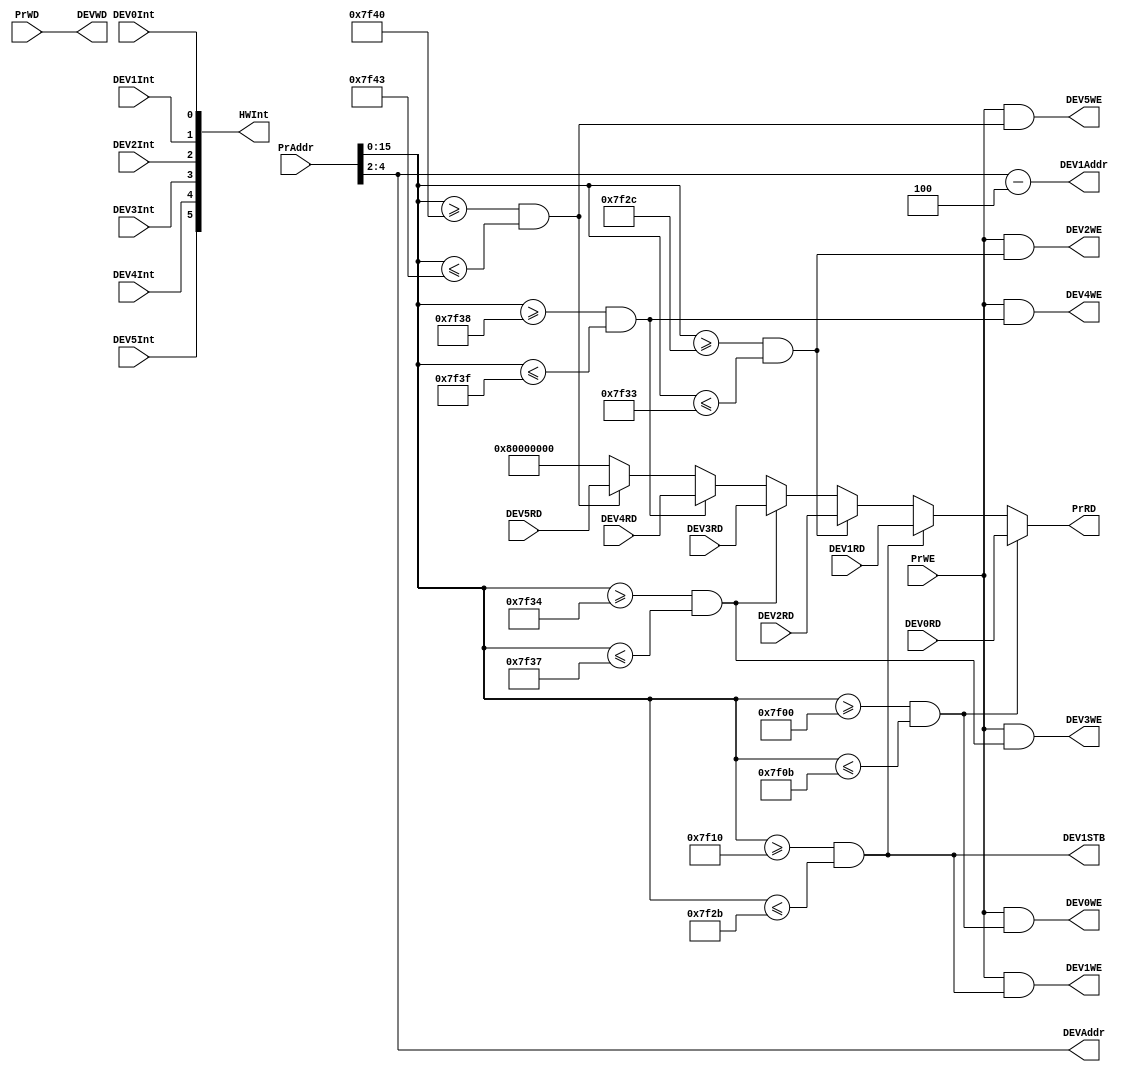
`timescale 1ns / 1ps
`define DEBUG_DEV_DATA 32'h80000000
//////////////////////////////////////////////////////////////////////////////////
// Company: 
// Engineer: 
// 
// Design Name: 
// Module Name:    bridge 
// Project Name: 
// Target Devices: 
// Tool versions: 
// Description: 
//
// Dependencies: 
//
// Revision: 
// Revision 0.01 - File Created
// Additional Comments: 
//
//////////////////////////////////////////////////////////////////////////////////
module bridge(
    input [31:0] PrAddr, // CPU
    input [31:0] PrWD, // CPU
    input PrWE, // CPU
    output [31:0] PrRD, // CPU
	 output [5:0] HWInt, // 
    output DEV0WE, // 0
    output DEV1WE, // 1
	 output DEV2WE, // 2
	 output DEV3WE, // 3
	 output DEV4WE, // 4
	 output DEV5WE, // 5
	 input [31:0] DEV0RD, // 0
	 input [31:0] DEV1RD, // 1
	 input [31:0] DEV2RD, // 2
	 input [31:0] DEV3RD, // 3
    input [31:0] DEV4RD, // 4
    input [31:0] DEV5RD, // 5
	 input DEV0Int, // 0
	 input DEV1Int, // 1
	 input DEV2Int, // 2
	 input DEV3Int, // 3
	 input DEV4Int, // 4
	 input DEV5Int, // 5
	 output [31:0] DEVWD, // CPU
    output [4:2] DEVAddr, // CPU
	 output DEV1STB, // UARTSTB
	 output [4:2] DEV1Addr // UARTAddr
    );	
	assign DEV0Hit = (PrAddr[15:0]>=16'h7f00 && PrAddr[15:0]<=16'h7f0b);
	assign DEV1Hit = (PrAddr[15:0]>=16'h7f10 && PrAddr[15:0]<=16'h7f2b);
	assign DEV2Hit = (PrAddr[15:0]>=16'h7f2c && PrAddr[15:0]<=16'h7f33);
	assign DEV3Hit = (PrAddr[15:0]>=16'h7f34 && PrAddr[15:0]<=16'h7f37);
	assign DEV4Hit = (PrAddr[15:0]>=16'h7f38 && PrAddr[15:0]<=16'h7f3f);
	assign DEV5Hit = (PrAddr[15:0]>=16'h7f40 && PrAddr[15:0]<=16'h7f43);
	
	assign DEV1STB = DEV1Hit;
	assign DEV1Addr = PrAddr[4:2] - 4'b0100;
	
	assign HWInt = {DEV5Int, DEV4Int, DEV3Int, DEV2Int, DEV1Int, DEV0Int};
	
	assign DEV0WE = (PrWE && DEV0Hit);
	assign DEV1WE = (PrWE && DEV1Hit);
	assign DEV2WE = (PrWE && DEV2Hit);
	assign DEV3WE = (PrWE && DEV3Hit);
	assign DEV4WE = (PrWE && DEV4Hit);
	assign DEV5WE = (PrWE && DEV5Hit);
	
	assign PrRD = (DEV0Hit) ? DEV0RD :
					  (DEV1Hit) ? DEV1RD :
					  (DEV2Hit) ? DEV2RD :
					  (DEV3Hit) ? DEV3RD :
					  (DEV4Hit) ? DEV4RD :
					  (DEV5Hit) ? DEV5RD :
					  `DEBUG_DEV_DATA;
					  
	assign DEVWD = PrWD;
	
	assign DEVAddr = PrAddr[4:2];
	
endmodule